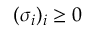
( \sigma _ { i } ) _ { i } \geq 0